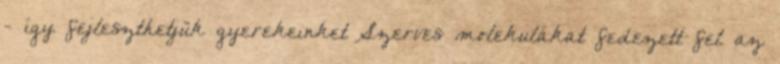
- így fejleszthetjük gyerekeinket Szerves molekulákat fedezett fel az